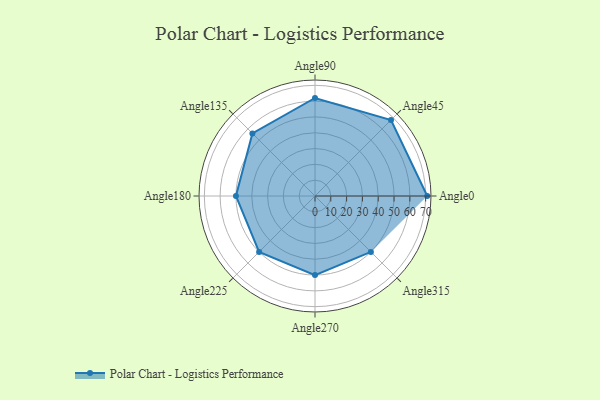
{"axis": {"x": "Angle", "y": "Radius"}, "legend": [""], "data": [{"x": "Angle0", "y": 71.0, "type": ""}, {"x": "Angle45", "y": 68.0, "type": ""}, {"x": "Angle90", "y": 62.0, "type": ""}, {"x": "Angle135", "y": 56.0, "type": ""}, {"x": "Angle180", "y": 50, "type": ""}, {"x": "Angle225", "y": 50, "type": ""}, {"x": "Angle270", "y": 50, "type": ""}, {"x": "Angle315", "y": 50, "type": ""}]}